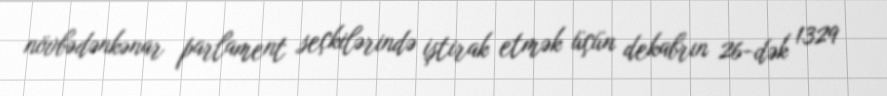
növbədənkənar parlament seçkilərində iştirak etmək üçün dekabrın 26-dək 1329